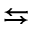
\leftrightarrows